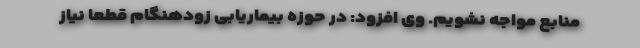
منابع مواجه نشویم. وی افزود: در حوزه بیماریابی زودهنگام قطعا نیاز